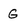
Character: G